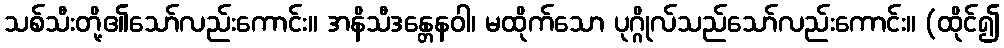
သစ်သီးတို့၏သော်လည်းကောင်း။ အနိသီဒန္တေနဝါ၊ မထိုက်သော ပုဂ္ဂိုလ်သည်သော်လည်းကောင်း။ (ထိုင်၍